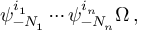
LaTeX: \psi _ { - N _ { 1 } } ^ { i _ { 1 } } \cdots \psi _ { - N _ { n } } ^ { i _ { n } } \Omega \, ,